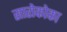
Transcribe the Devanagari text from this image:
सारोकोका